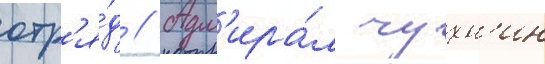
отр'я́д // Адм'ира́л чухн'ин